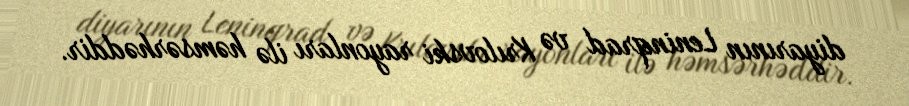
diyarının Leninqrad və Krılovski rayonları ilə həmsərhəddir.